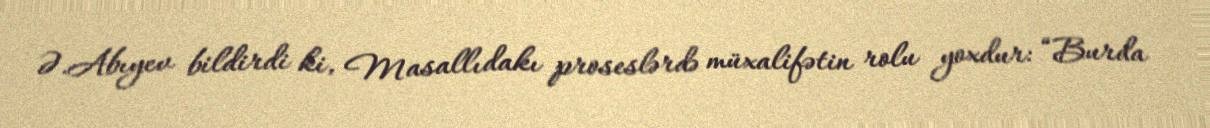
Ə.Abıyev bildirdi ki, Masallıdakı proseslərdə müxalifətin rolu yoxdur: “Burda